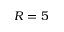
R = 5